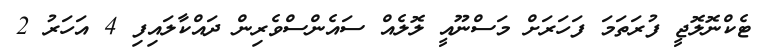
ޓެކްނޮލޮޖީ ފުރަތަމަ ފަހަރަށް މަސްނޫއީ ލޮލެއް ސައެންސްވެރިން ދައްކާލައިފި 4 އަހަރު 2